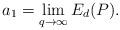
LaTeX: \begin{align*} a_1 = \lim_{q\rightarrow\infty} E_d(P).\end{align*}